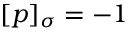
[ \boldsymbol { p } ] _ { \sigma } = - 1